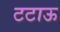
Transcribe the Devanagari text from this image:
टटाऊ